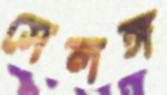
সেলঙ্গ